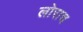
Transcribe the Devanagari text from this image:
लोराच